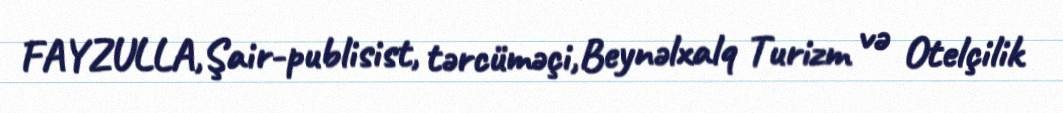
FAYZULLA,Şair-publisist, tərcüməçi,Beynəlxalq Turizm və Otelçilik